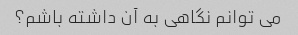
می توانم نگاهی به آن داشته باشم؟